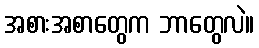
အစားအစာတွေက ဘာတွေလဲ။